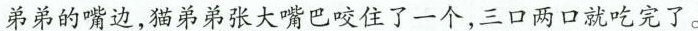
弟弟的嘴边，猫弟弟张大嘴巴咬住了一个，三口两口就吃完了。